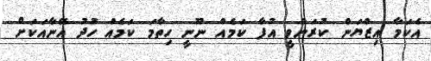
އެކަމާ އިޒްޔަން ކުރަންވީ އުފާ ކަމެއް ނޫނީ ހިތާމަ ކަމެއް ހުދު އޭނާއަކަށް